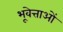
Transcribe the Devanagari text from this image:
भूवेत्ताओं